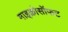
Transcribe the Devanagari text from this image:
माइक्रोसॉफट